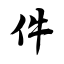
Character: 件